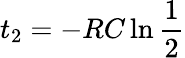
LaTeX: t_{2}=-RC\ln{\frac{1}{2}}